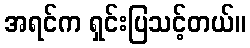
အရင်က ရှင်းပြသင့်တယ်။